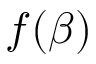
f ( \beta )